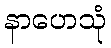
နာဟေသုံ